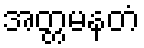
အတ္တမနတံ